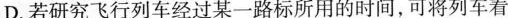
D.若研究飞行列车经过某一路标所用的时间，可将列车看